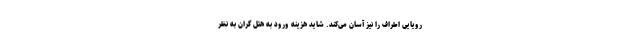
رویایی اطراف را نیز آسان می‌کند. شاید هزینه ورود به هتل گران به نظر